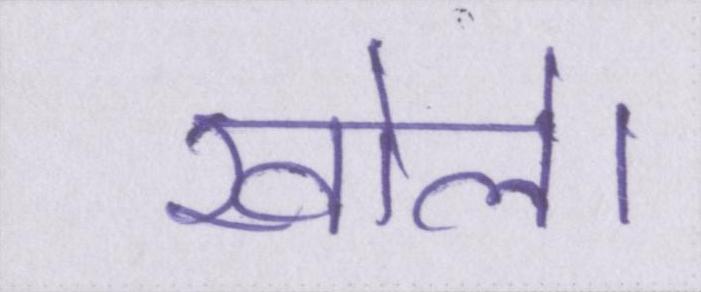
खोले।